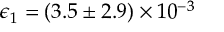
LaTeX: \epsilon _ { 1 } = ( 3 . 5 \pm 2 . 9 ) \times 1 0 ^ { - 3 }